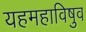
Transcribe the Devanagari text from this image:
यहमहाविषुव